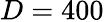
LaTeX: D=400